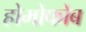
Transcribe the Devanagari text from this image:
होमोफोब